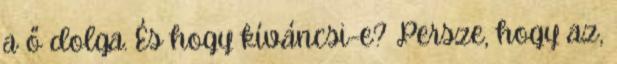
a ő dolga. És hogy kíváncsi-e? Persze, hogy az,